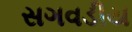
સગવડીય